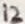
Text: 12